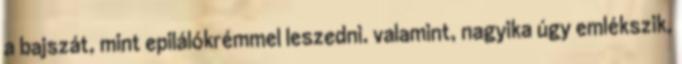
a bajszát, mint epilálókrémmel leszedni. valamint, nagyika úgy emlékszik,